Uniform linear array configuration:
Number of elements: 12
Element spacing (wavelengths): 0.75
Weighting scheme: binomial
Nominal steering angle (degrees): -30
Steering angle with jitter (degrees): -29.121
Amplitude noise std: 0.05
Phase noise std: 0.05

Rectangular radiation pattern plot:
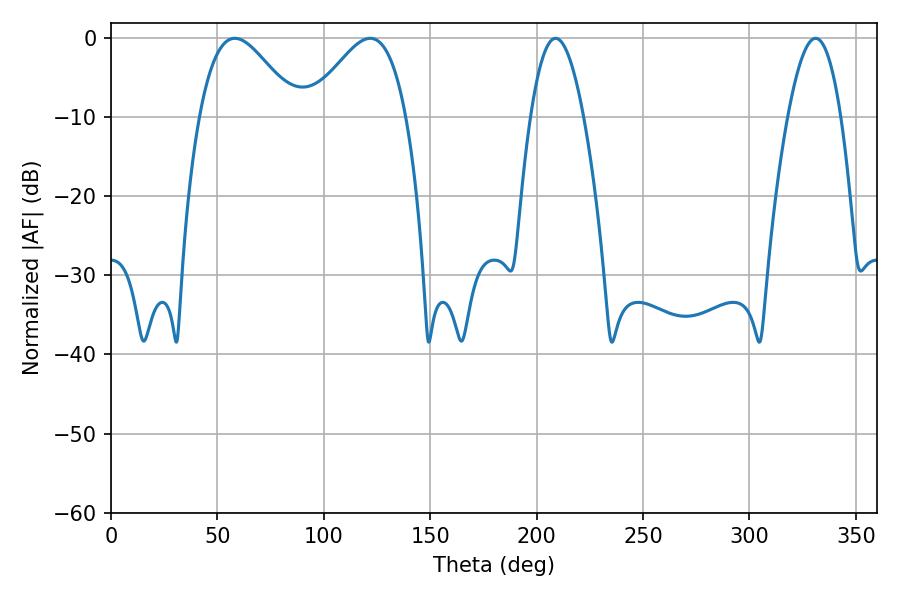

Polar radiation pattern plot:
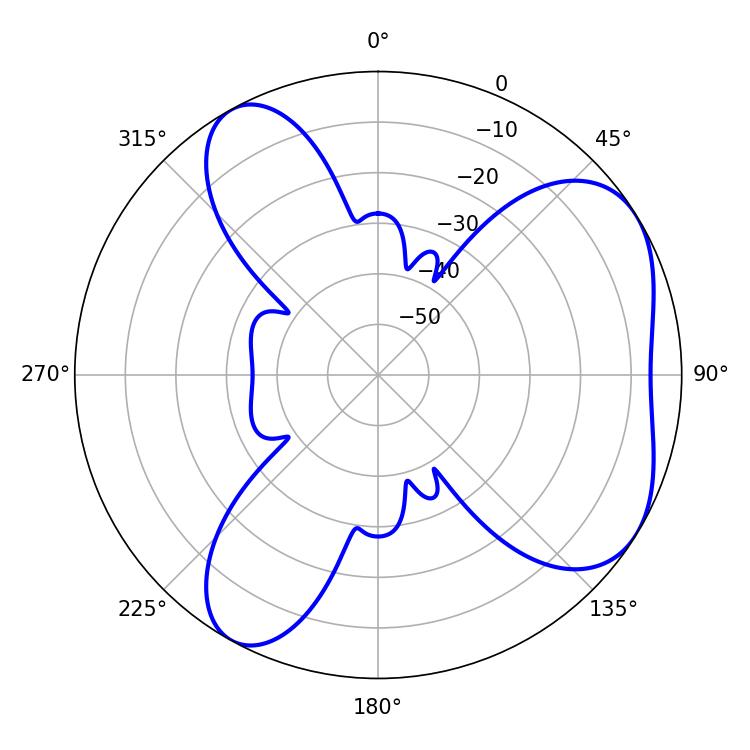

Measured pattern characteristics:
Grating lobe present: TRUE
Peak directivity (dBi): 5.356
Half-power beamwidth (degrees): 24.48
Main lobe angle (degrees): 58.14